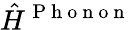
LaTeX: \hat{H}^{\mathrm{~P~h~o~n~o~n~}}